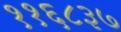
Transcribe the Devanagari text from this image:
११६८३७